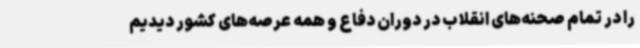
را در تمام صحنه‌های انقلاب در دوران دفاع و همه عرصه‌های کشور دیدیم